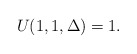
\begin{align*} U(1,1, \Delta) = 1.\end{align*}